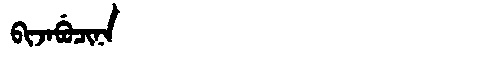
Manchu: ᠪᡳᠵᠠᠪᡠᠴᡳᠨᠠ
Romanization: BIJABUCINA